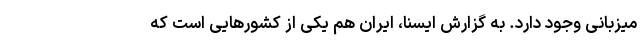
میزبانی وجود دارد. به گزارش ایسنا، ایران هم یکی از کشورهایی است که